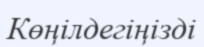
Көңілдегіңізді